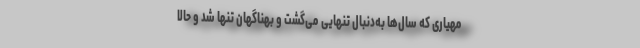
مهیاری که سال‌ها به‌دنبال تنهایی می‌گشت و بهناگهان تنها شد و حالا